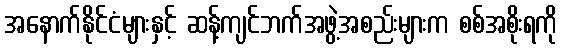
အနောက်နိုင်ငံများနှင့် ဆန့်ကျင်ဘက်အဖွဲ့အစည်းများက စစ်အစိုးရကို